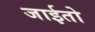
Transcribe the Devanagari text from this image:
जाईतो